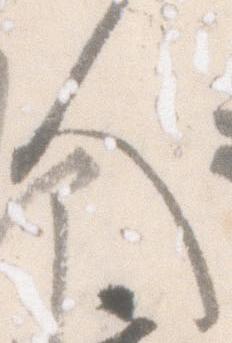
人